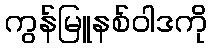
ကွန်မြူနစ်ဝါဒကို